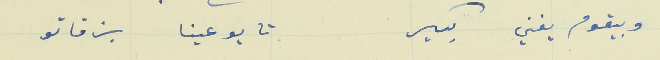
وبيقوم يغني بكير                                               تا يوعينا بزقاتو